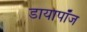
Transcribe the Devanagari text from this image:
डायापॉज